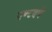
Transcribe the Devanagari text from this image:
एण्टवर्प